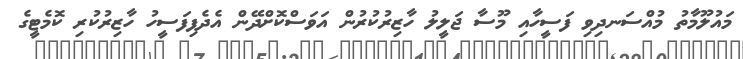
މައުލޫމާތު މުއްސަނދިވި ފަސީހާއި މޫސާ ޖަލީލު ހާޒިރުކުރުން އަވަސްކޮށްދޭން އެދެފިފަސީހު ހާޒިރުކުރި ކޮމެޓީގެ